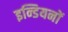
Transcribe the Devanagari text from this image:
इन्डियनों